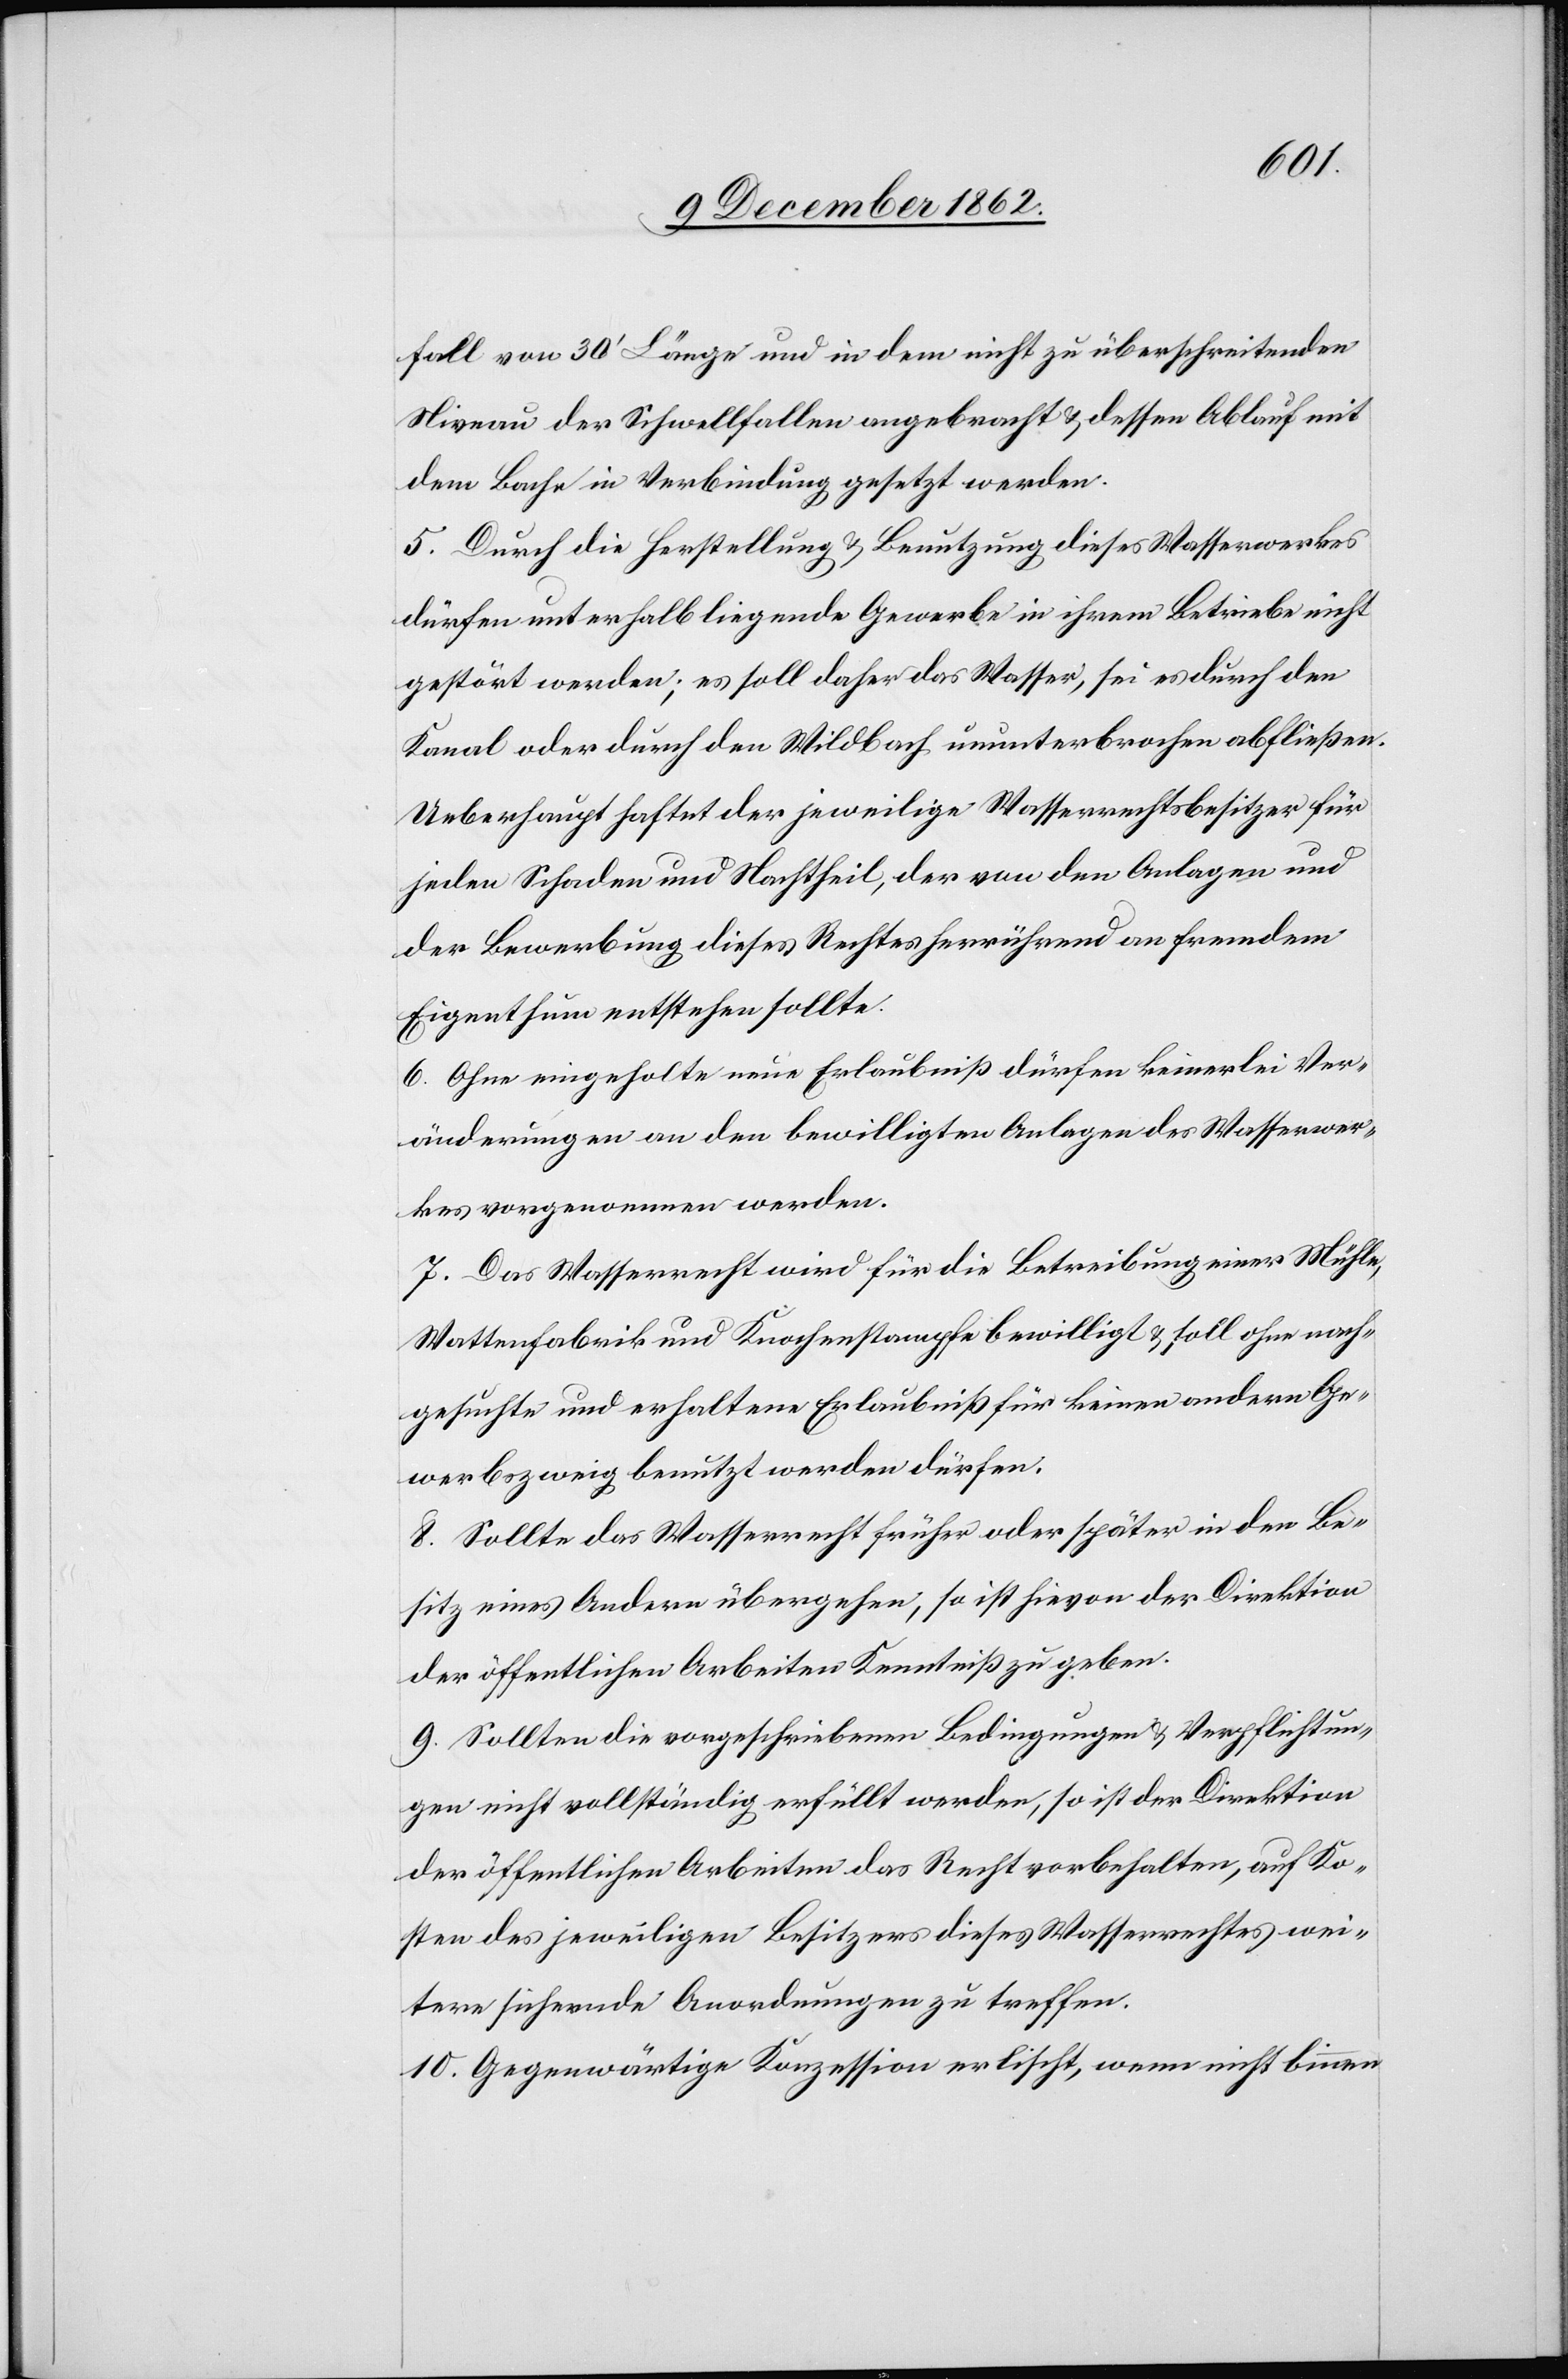
fall von 30’ Länge und in dem nicht zu überschreitenden
Niveau der Schwellfallen angebracht u. dessen Ablauf mit
dem Bache in Verbindung gesetzt werden.
5. Durch die Herstellung u. Benutzung dieses Wasserwerkes
dürfen unterhalb liegende Gewerbe in ihrem Betriebe nicht
gestört werden; es soll daher das Wasser, sei es durch den
Kanal oder durch den Wildbach ununterbrochen abfließen.
Ueberhaupt haftet der jeweilige Wasserrechtsbesitzer für
jeden Schaden und Nachtheil, der von den Anlagen und
der Bewerbung dieses Rechtes herrührend an fremdem
Eigenthum entstehen sollte.
6. Ohne eingeholte neue Erlaubniß dürfen keinerlei Ver¬
änderungen an den bewilligten Anlagen des Wasserwer¬
kes vorgenommen werden.
7. Das Wasserrecht wird für die Betreibung einer Mühle,
Wattenfabrik und Knochenstampfe bewilligt u. soll ohne nach¬
gesuchte und erhaltene Erlaubniß für keinen andern Ge¬
werbszweig benutzt werden dürfen.
8. Sollte das Wasserrecht früher oder später in den Be¬
sitz eines Andern übergehen, so ist hievon der Direktion
der öffentlichen Arbeiten Kenntniß zu geben.
9. Sollten die vorgeschriebenen Bedingungen u. Verpflichtun¬
gen nicht vollständig erfüllt werden, so ist der Direktion
der öffentlichen Arbeiten das Recht vorbehalten, auf Ko¬
sten des jeweiligen Besitzers dieses Wasserrechtes wei¬
tere sichernde Anordnungen zu treffen.
10. Gegenwärtige Konzession erlischt, wenn nicht binnen